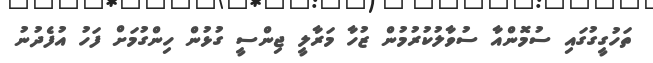
ތަހުގީގުގައި ސުމޮންއާ ސުވާލުކުރުމުން ޒުހާ މަރާލީ ޖިންސީ ގުޅުން ހިންގުމަށް ފަހު އުފެދުނު